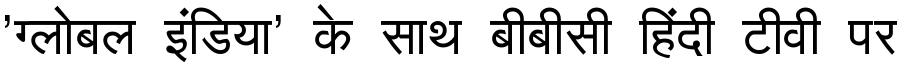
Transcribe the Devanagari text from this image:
'ग्लोबल इंडिया' के साथ बीबीसी हिंदी टीवी पर